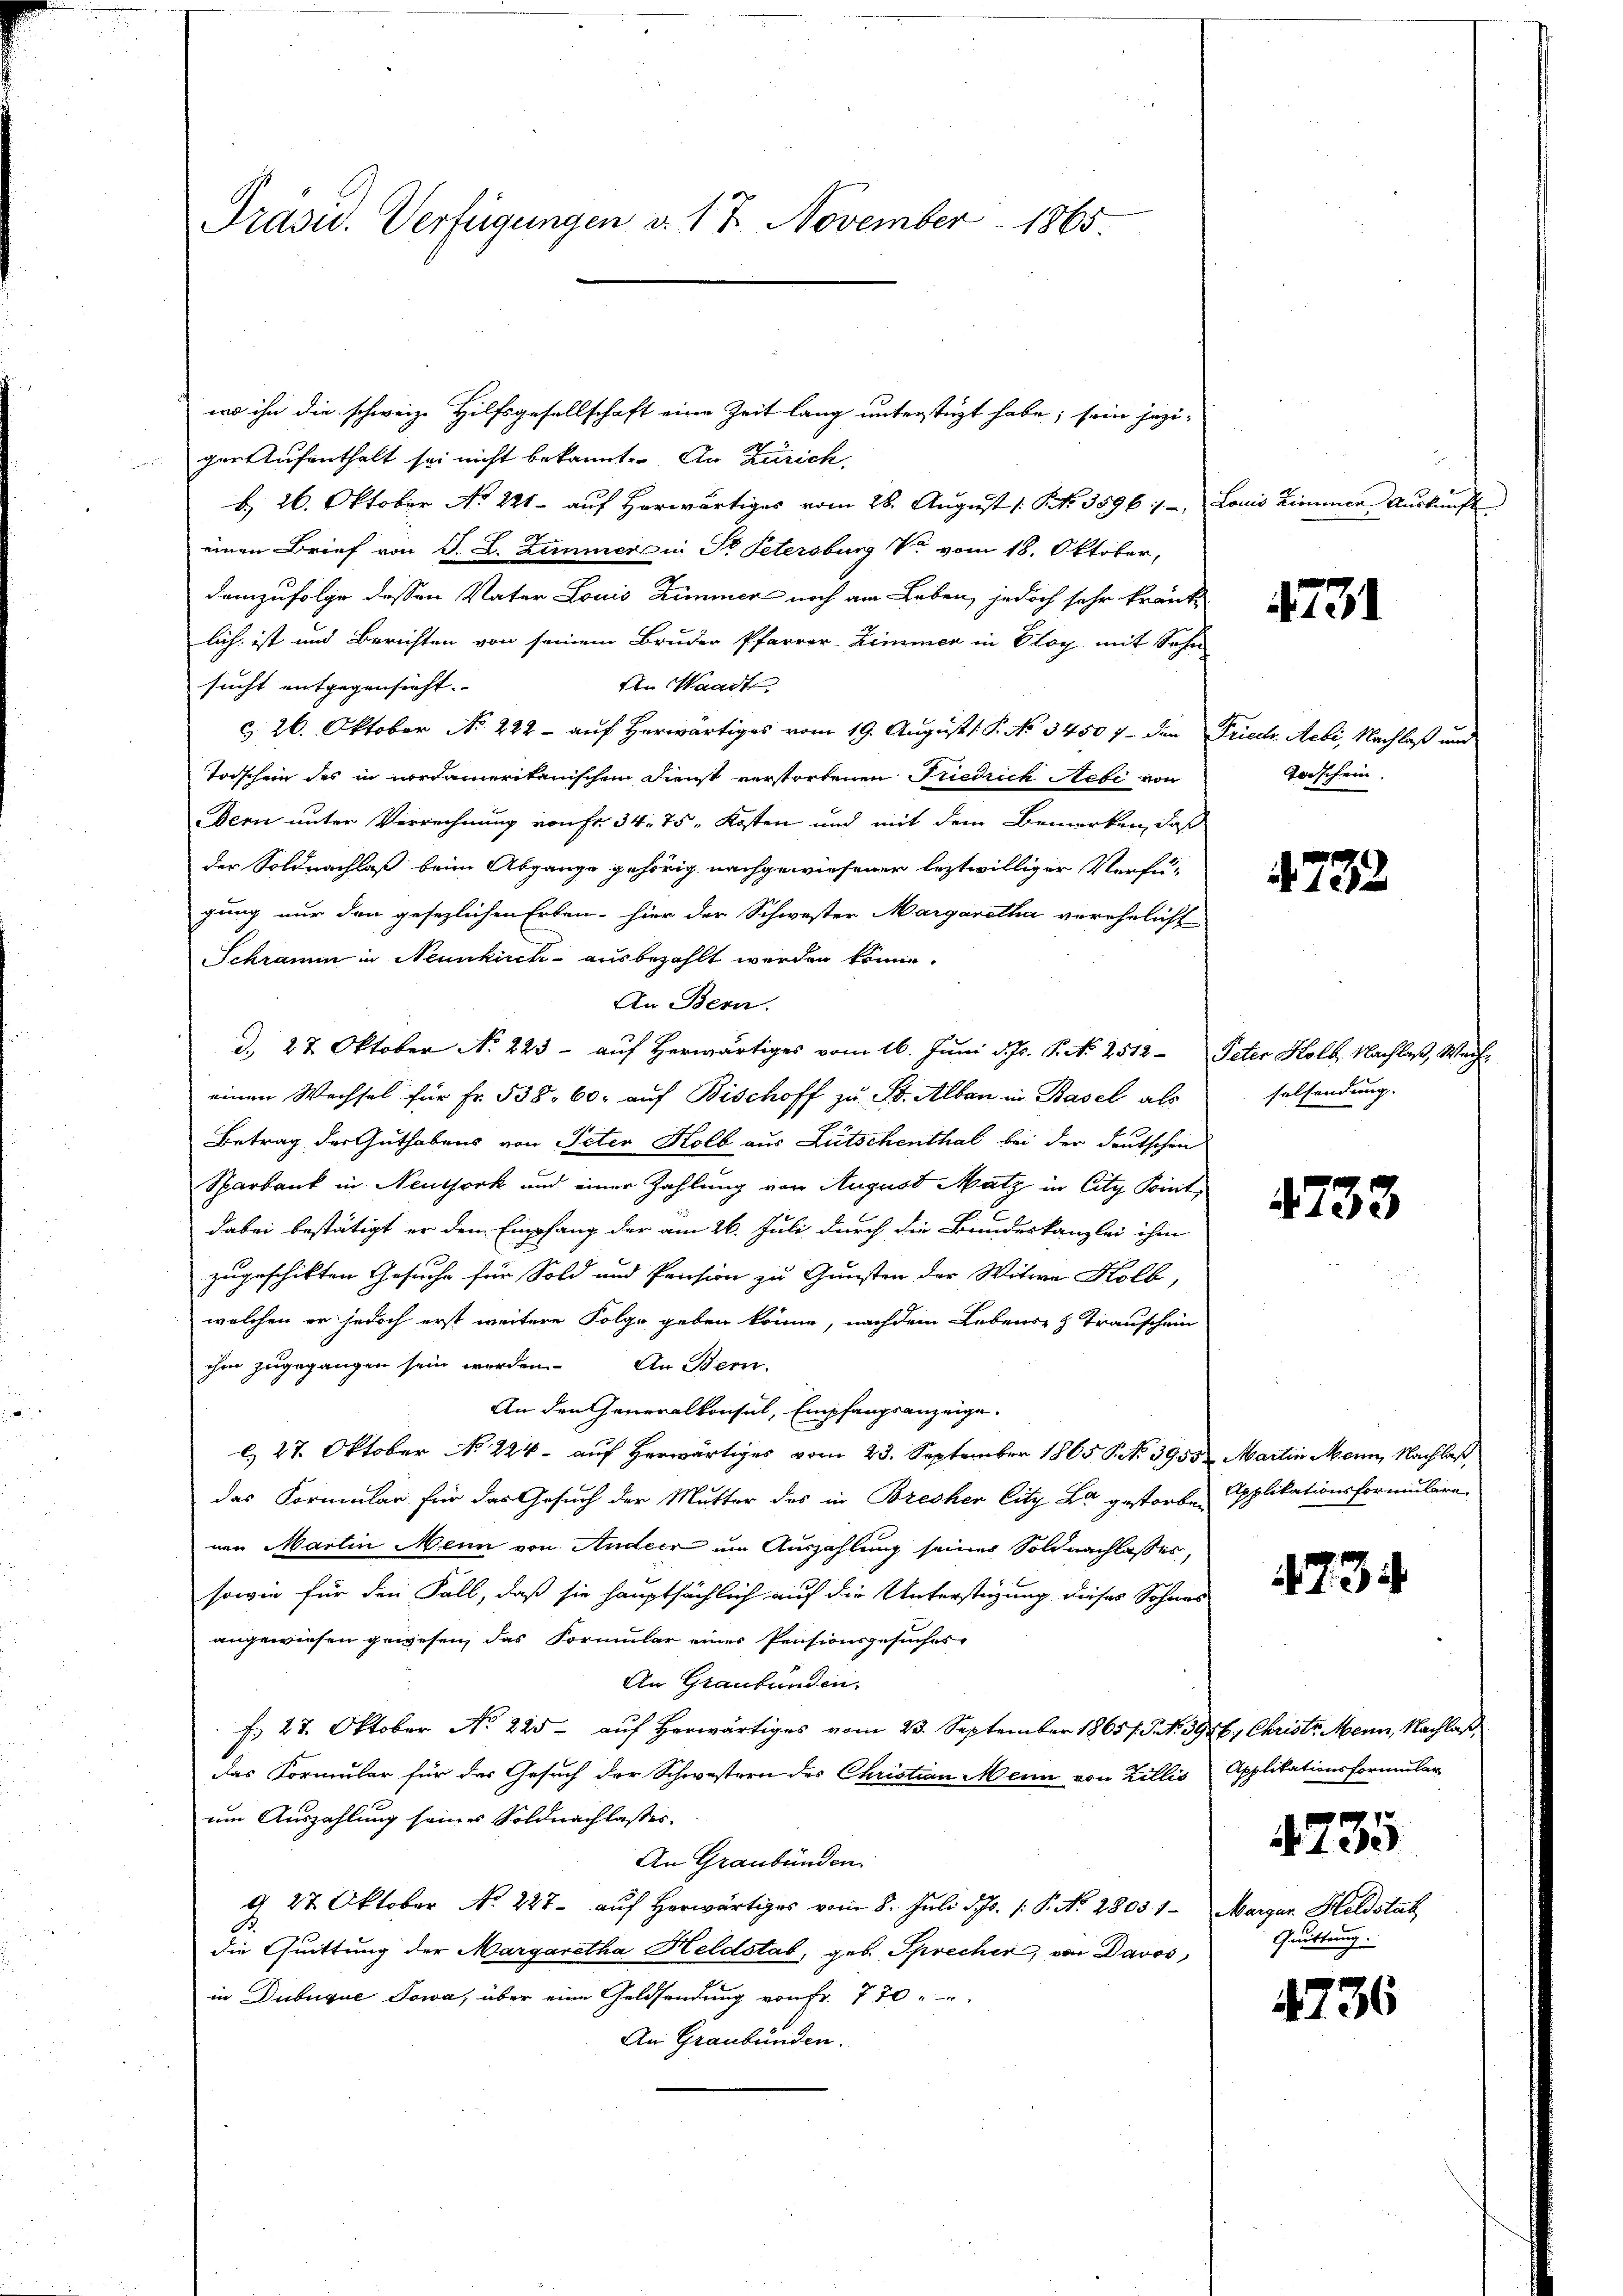
Präsu. Verfügungen d. 17 November 1865.

wo ihn die schweiz. Hilfsgesellschaft eine Zeit lang unterstüzt habe; sein jezi-
ger Aufenthalt sei nicht bekannt. An Zürich,
b. 26. Oktober No. 221. auf Horwärtiges vom 26. August /: P. Nr. 359 6:1, Louis Zimmer Auskunft
einen Brief von J. L. Zimmer in Dr. Petersburg Vr vom 18. Oktober,
demzufolge dessen Vater Louis Zimmer noch am Leben, jedoch sehr kranklich ist und Berichten von seinem Bruder Pfarrer Zimmer in Etoy mit Sohn
An Waadte
sucht entgegensicht. |
&. 26. Oktober No 222 - auf herwärtiges vom 19. August [ P. No 34507 - den Friech. Aebi, Nachlaß und
Todschein des in nordameritanischen Dienst verstorbenen Friedrich etc von
Dern unter Verrechnung von Fr. 34. 75. Kosten und mit dem Bemerken, daß
der Soldnachlaß beim Abgange gehörig nachgewiesener leztwilliger Verfü-
gung nur den gesezlichen Erben hier der Schwester Margaretha verehelicht
Schramm in Neunkirch- ausbezahlt werden könne.
An Bern.
d. 27 Oktober No 223 - auf Herwärtiges vom 16. Juni d. Js. P. N. 2512- Peter Kolb. Nachlaß, Weiheinen Wechsel für Fr. 538. 60. auf Bischoff zu St. Alban in Basel als
Betrag der Guthabens von Peter Kolb aus Lütschenthal bei der deutschen
Sparbank in Neujork und einer Zahlung von August Matz in City Pointdabei bestätigt er den Empfang der am 26. Juli durch die Bundeskanzlei ihm
zugeschikten Gesuche für Sold und Pension zu Gunsten der Witwe Kolb,
welchen er jedoch erst weitere Folge geben könne, nachdem Lebens- & Transchein
ihm zugegangen sein werden. An Bern.
An den Generalkonsul, Empfangsanzeige.
C. 27. Oktober No 224 - auf Herwärtiges vom 23. September 1865 P. No 3955. Martin Mann, Nachlaß
das Formular für das Gesuch der Mutter des in Brecher City La gestorben Applikationsformulare
nen Martin Mein von Andern um Auszahlung seiner Soldnachlasses,
sowie für den Fall, daß sie hauptsächlich auf die Unterstüzung dieses Sohnes
angewiesen gewesen, das Formular eines Pensionsgesuches
An Graubünden.
f. 27. Oktober No 225. aŭf herwärtiges vom 23. September 1865/. P. Nr. 3956. Christe Menn, Nachlaß,
das Formular für das Gesuch der Schwestern des Christian Mein von Zillis Applikationsformular
um Auszahlung seines Soldnachlasses.
An Graubünden.
d 27 Oktober No. 227. auf herwärtiges vom 8. Juli d. Js. 1. P. Nr. 2803 1 Margar. Heldstab,
B
die Quittung der Margaretha Heldstab, geb. Sprecher, von Davos,
in Dubugue Sowa, über eine Geldsendung von fr. 770
An Graubünden.

4731

Gorschein.

4732

selsendung.

4733

734

4735
Quittung.

4736